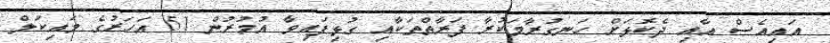
އައިއެސް އާއި ދެކޮޅަށް ހަނގުރާމަކުރާ ފަރާތްތަކާއި ގުޅިފައިވާ އުމުރުން 51 އަހަރުގެ މައިކަލް